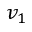
v _ { 1 }